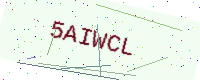
Text: 5AIWCL